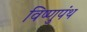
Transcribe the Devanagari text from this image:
विष्णुपंथ